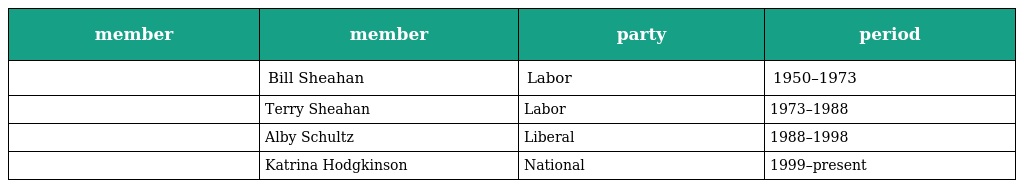
| member | member | party | period |
 | --- | --- | --- | --- |
 |  | Bill Sheahan | Labor | 1950–1973 |
 |  | Terry Sheahan | Labor | 1973–1988 |
 |  | Alby Schultz | Liberal | 1988–1998 |
 |  | Katrina Hodgkinson | National | 1999–present |